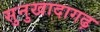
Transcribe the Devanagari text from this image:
सुनुखादागढ़